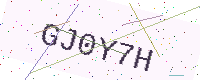
Text: GJ0Y7H